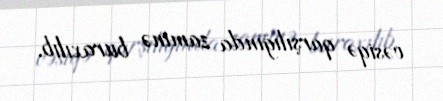
vəsiqə qarşılığında zaminə buraxılıb.